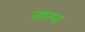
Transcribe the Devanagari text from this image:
जारज